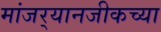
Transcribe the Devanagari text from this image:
मांजर्‍यानजीकच्या